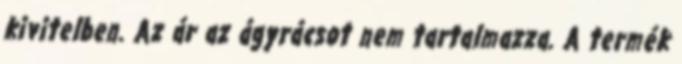
kivitelben. Az ár az ágyrácsot nem tartalmazza. A termék